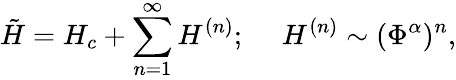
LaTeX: \tilde{H}=H_{c}+\sum_{n=1}^{\infty}H^{(n)};~~~~~H^{(n)}\sim(\Phi^{\alpha})^{n},